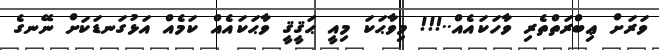
ވަަރަށް ޢިބްރަތްތެރި ވާހަކައެއް..!!! މިވާޙަކަ މިއީ ޙަޤީޤީ ވާޙަކައެއް ކަމެއް އަޅުގަނޑަކަށް ނޭނގެ